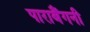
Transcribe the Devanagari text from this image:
पाराबैंगनी